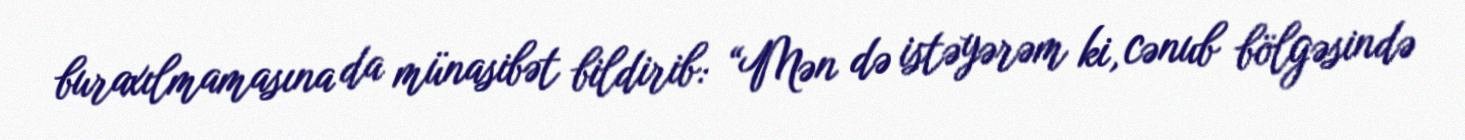
buraxılmamasına da münasibət bildirib: “Mən də istəyərəm ki, cənub bölgəsində